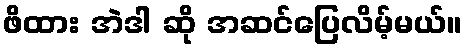
ဖိထား အဲဒါ ဆို အဆင်ပြေလိမ့်မယ်။